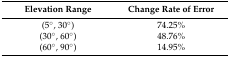
<table><thead><tr><td><b>Elevation Range</b></td><td><b>Change Rate of Error</b></td></tr></thead><tbody><tr><td>(5°, 30°)</td><td>74.25%</td></tr><tr><td>(30°, 60°)</td><td>48.76%</td></tr><tr><td>(60°, 90°)</td><td>14.95%</td></tr></tbody></table>